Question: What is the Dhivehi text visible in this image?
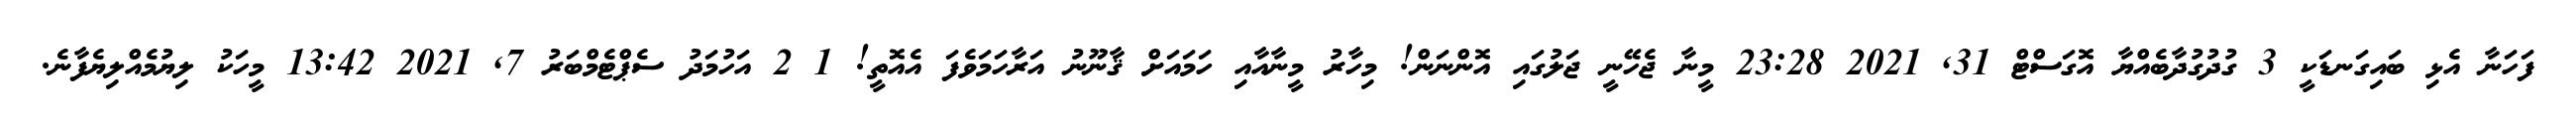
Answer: ފަހަނާ އެޅި ބައިގަނޑަކީ 3 ގުދުގުދާބެއްޔާ އޮގަސްޓް 31, 2021 23:28 މީނާ ޖެހޭނީ ޖަލުގައި އޮންނަން! މިހާރު މީނާއާއި ހަމައަށް ޤާނޫނު އަރާހަމަވެފަ އެއޮތީ! 1 2 އަހުމަދު ސެޕްޓެމްބަރު 7, 2021 13:42 މީހަކު ލިޔުމެއްލިޔެފާނެ.